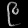
Digit: ၉